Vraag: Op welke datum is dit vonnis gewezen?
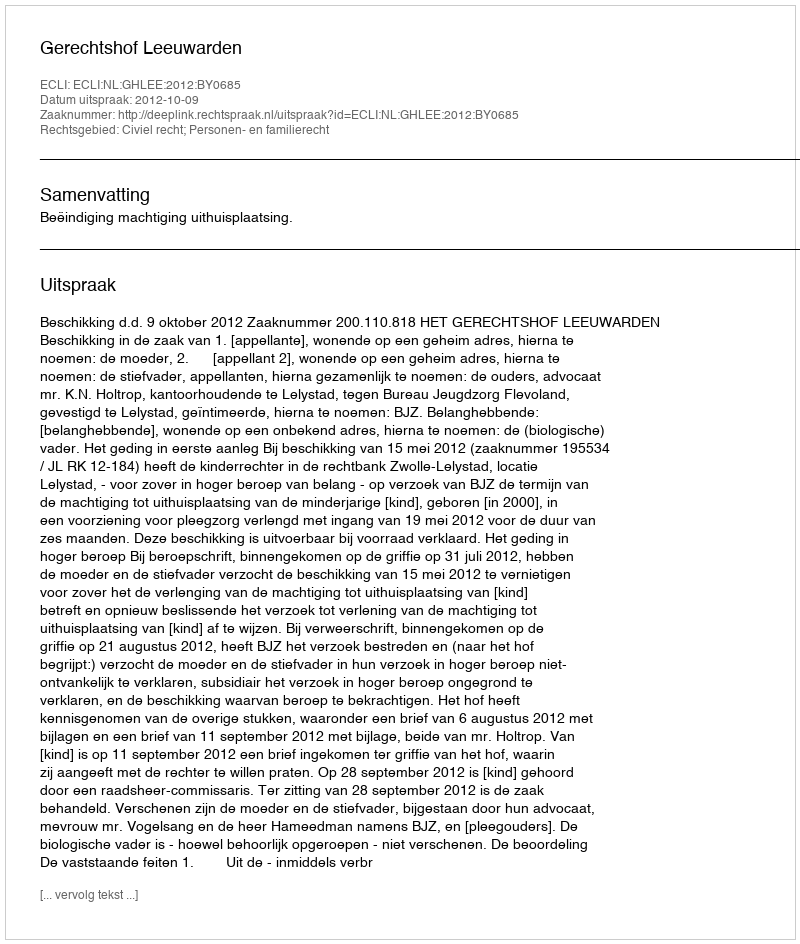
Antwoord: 2012-10-09